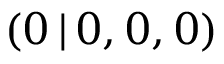
( 0 \, | \, 0 , 0 , 0 )